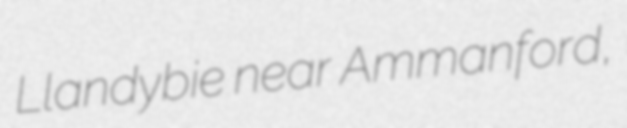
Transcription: Llandybie near Ammanford,